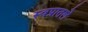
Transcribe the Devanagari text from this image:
स्वप्नातले